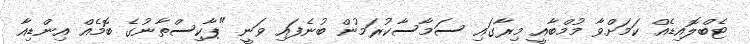
ޓެބްލޮއިޑެއް ކަމަށްވާ މުމްބާއީ މިރާގައި ސަމާސާކުރަމުން ބުނެފައި ވަނީ "ޕާކިސްތާނުގެ ބޮމެއް އިންޑިއާ